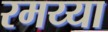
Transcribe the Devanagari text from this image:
रमय्या